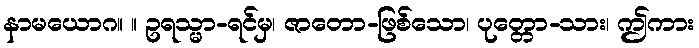
နာမယောဂ။ ။ ဥရသ္မာ-ရင်မှ၊ ဇာတော-ဖြစ်သော၊ ပုတ္တော-သား၊ ဤကား